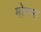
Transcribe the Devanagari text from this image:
मोत्तमा